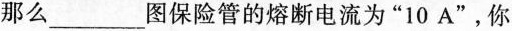
那么___图保险管的熔断电流为”10A”，你